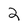
Character: 2